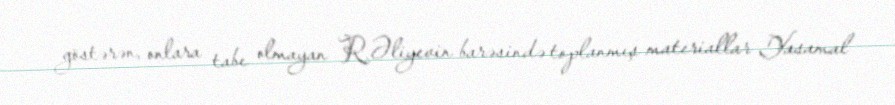
göstərən, onlara tabe olmayan R.Əliyevin barəsində toplanmış materiallar Yasamal